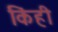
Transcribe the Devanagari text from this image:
किंही